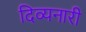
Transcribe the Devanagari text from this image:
दिव्यनारी